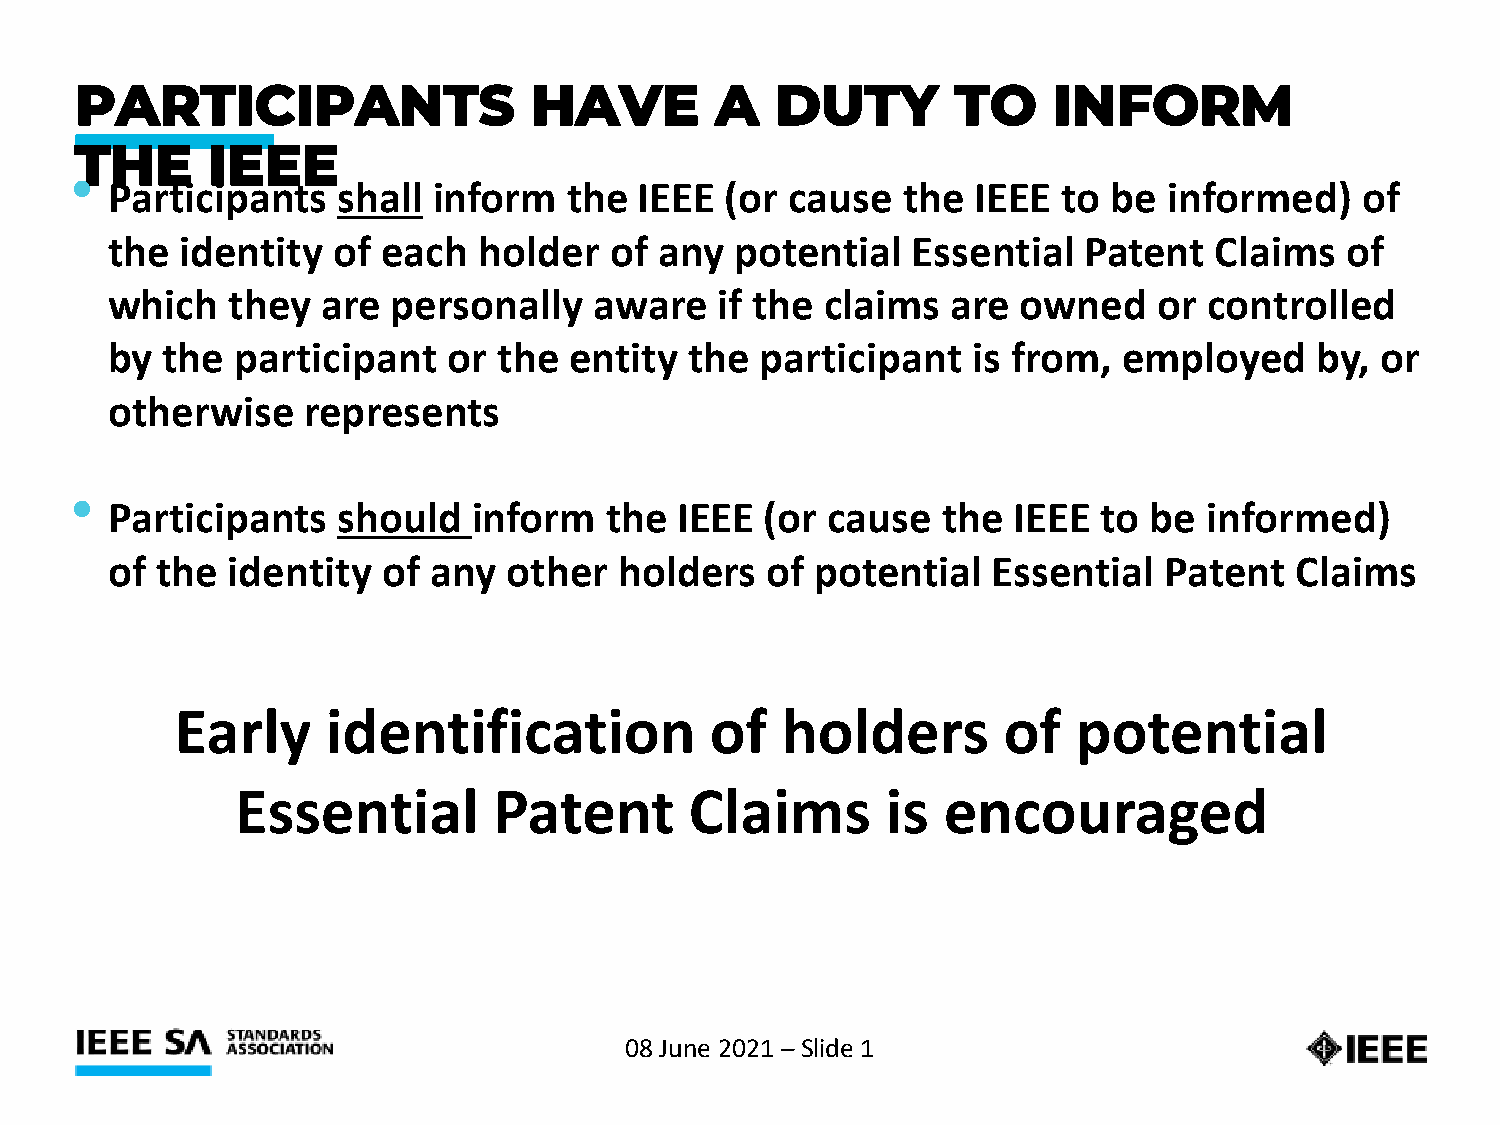
PARTICIPANTS                  HAVE        A   DUTY        TO     INFORM
 THE      IEEE
 •
 Participants   shall  inform   the IEEE  (or cause   the  IEEE to  be informed)    of
 the  identity  of each   holder  of  any  potential  Essential   Patent  Claims   of
 which   they  are  personally   aware   if the  claims  are  owned    or controlled
 by  the  participant   or the  entity  the participant   is from,  employed     by, or
 otherwise    represents
 •
 Participants   should   inform   the  IEEE  (or cause  the  IEEE  to be  informed)
 of the  identity  of any   other  holders   of potential   Essential  Patent   Claims
 Early     identification           of   holders       of   potential
 Essential        Patent       Claims       is encouraged
 08 June 2021 –Slide 1